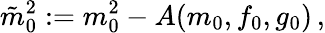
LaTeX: \tilde{m}_{0}^{2}:=m_{0}^{2}-A(m_{0},f_{0},g_{0})\, ,